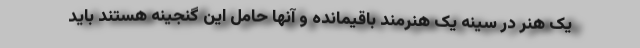
یک هنر در سینه یک هنرمند باقیمانده و آنها حامل این گنجینه هستند باید